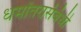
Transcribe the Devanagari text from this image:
धर्मांतरासंबंधी